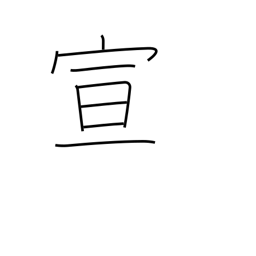
Meaning: announce